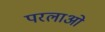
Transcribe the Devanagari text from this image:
परलाओ